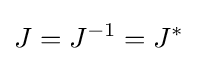
J=J^{-1}=J^{*}